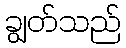
ချွတ်သည်